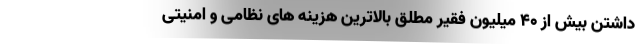
داشتن بیش از 40 میلیون فقیر مطلق بالاترین هزینه های نظامی و امنیتی